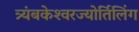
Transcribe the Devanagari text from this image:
त्र्यंबकेश्‍वरज्योर्तिलिंग